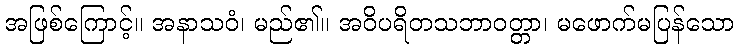
အဖြစ်ကြောင့်။ အနာသဝံ၊ မည်၏။ အဝိပရိတသဘာဝတ္တာ၊ မဖောက်မပြန်သော